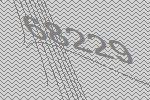
68229